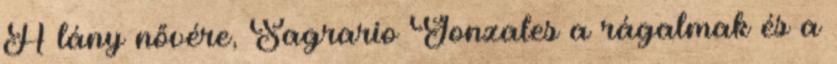
A lány nővére, Sagrario Gonzales a rágalmak és a